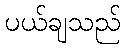
ပယ်ချသည်